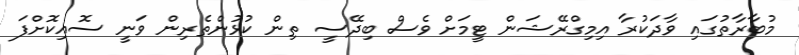
މުބާރާތުގައި ވާދަކުރާ އިމިގްރޭޝަން ޓީމަށް ވެސް ބިދޭސީ ތިން ކުޅުންތެރިން ވަނީ ސޮއިކޮށްފަ